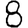
Digit: 8